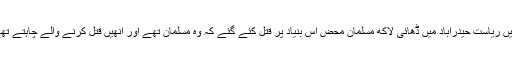
بھارت کے قیام کے فوراً بعد 1948ء میں ریاست حیدرآباد میں ڈھائی لاکھ مسلمان محض اس بنیاد پر قتل کئے گئے کہ وہ مسلمان تھے اور انھیں قتل کرنے والے چاہتے تھے کہ ان کا ملک ایک ہندوسٹیٹ ہی بنے۔